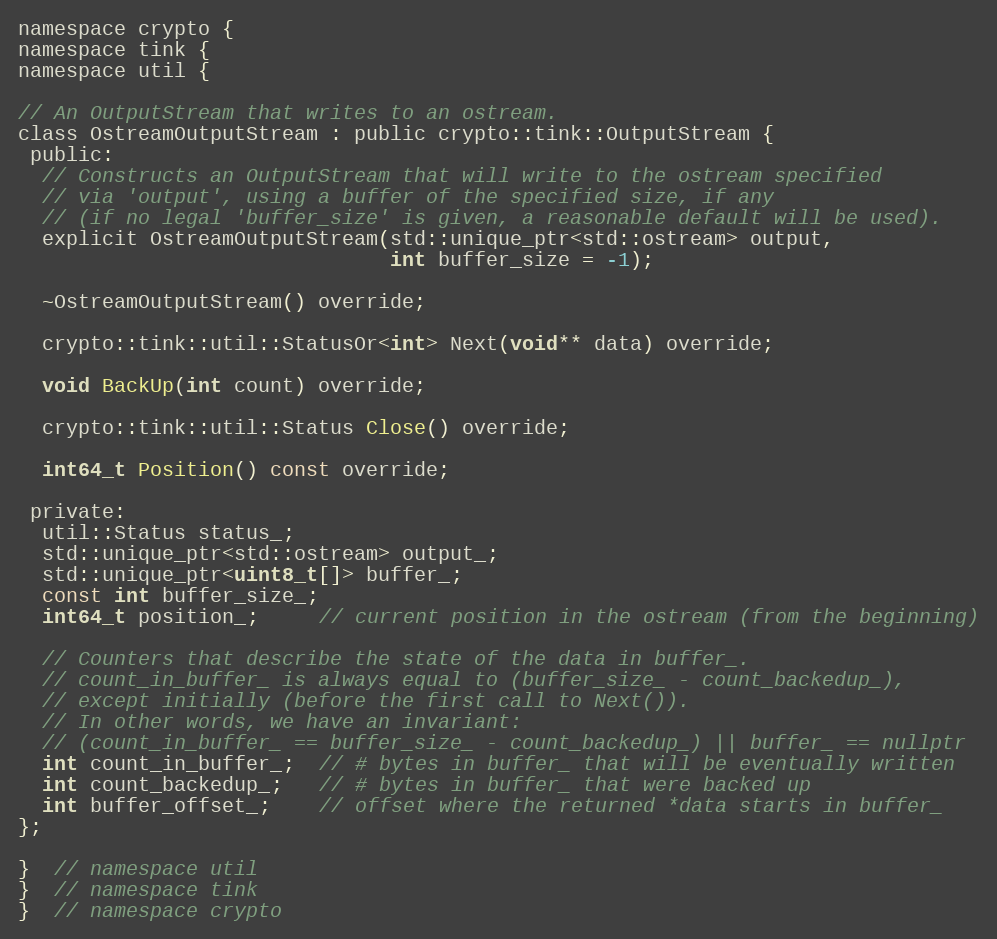
Language: C
namespace crypto {
namespace tink {
namespace util {

// An OutputStream that writes to an ostream.
class OstreamOutputStream : public crypto::tink::OutputStream {
 public:
  // Constructs an OutputStream that will write to the ostream specified
  // via 'output', using a buffer of the specified size, if any
  // (if no legal 'buffer_size' is given, a reasonable default will be used).
  explicit OstreamOutputStream(std::unique_ptr<std::ostream> output,
                               int buffer_size = -1);

  ~OstreamOutputStream() override;

  crypto::tink::util::StatusOr<int> Next(void** data) override;

  void BackUp(int count) override;

  crypto::tink::util::Status Close() override;

  int64_t Position() const override;

 private:
  util::Status status_;
  std::unique_ptr<std::ostream> output_;
  std::unique_ptr<uint8_t[]> buffer_;
  const int buffer_size_;
  int64_t position_;     // current position in the ostream (from the beginning)

  // Counters that describe the state of the data in buffer_.
  // count_in_buffer_ is always equal to (buffer_size_ - count_backedup_),
  // except initially (before the first call to Next()).
  // In other words, we have an invariant:
  // (count_in_buffer_ == buffer_size_ - count_backedup_) || buffer_ == nullptr
  int count_in_buffer_;  // # bytes in buffer_ that will be eventually written
  int count_backedup_;   // # bytes in buffer_ that were backed up
  int buffer_offset_;    // offset where the returned *data starts in buffer_
};

}  // namespace util
}  // namespace tink
}  // namespace crypto